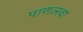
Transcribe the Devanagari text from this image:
पाणलवा